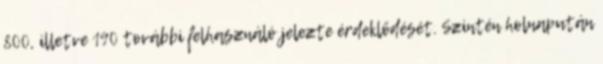
800, illetve 190 további felhasználó jelezte érdeklődését. Szintén holnapután